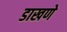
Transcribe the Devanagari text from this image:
डाखणे